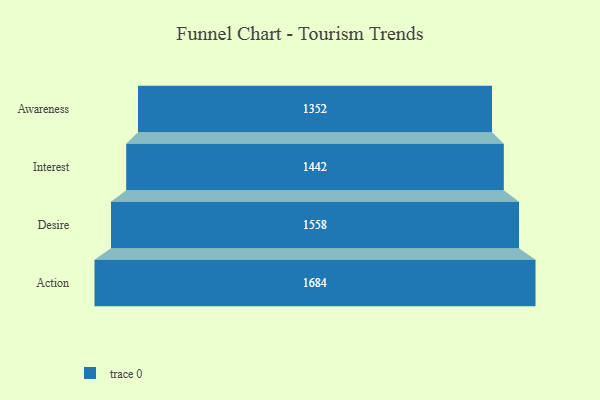
{"axis": {"x": "Stage", "y": "Value"}, "legend": [""], "data": [{"x": "Awareness", "y": 1352.0, "type": ""}, {"x": "Interest", "y": 1442.0, "type": ""}, {"x": "Desire", "y": 1558.0, "type": ""}, {"x": "Action", "y": 1684.0, "type": ""}]}